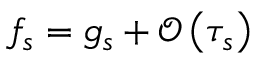
f _ { s } = g _ { s } + \mathcal { O } \left( \tau _ { s } \right)